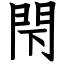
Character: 閇